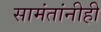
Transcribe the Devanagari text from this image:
सामंतांनीही